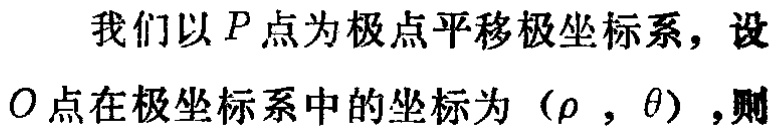
我们以\(P\)点为极点平移极坐标系，设\(O\)点在极坐标系中的坐标为\((\rho,\theta)\)，则